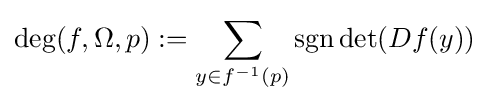
\deg(f,\Omega ,p):=\sum _{y\in f^{-1}(p)}\operatorname {sgn} \det(Df(y))